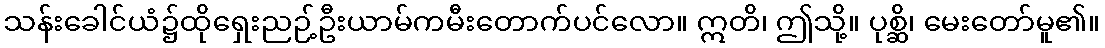
သန်းခေါင်ယံ၌ထိုရှေးညဉ့်ဦးယာမ်ကမီးတောက်ပင်လော။ ဣတိ၊ ဤသို့။ ပုစ္ဆိ၊ မေးတော်မူ၏။